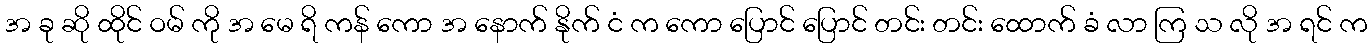
အ ခု ဆို ထိုင် ဝမ် ကို အ မေ ရိ ကန် ကော အ နောက် နိုက် ငံ က ကော ပြောင် ပြောင် တင်း တင်း ထောက် ခံ လာ ကြ သ လို အ ရင် က